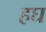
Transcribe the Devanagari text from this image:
हघ